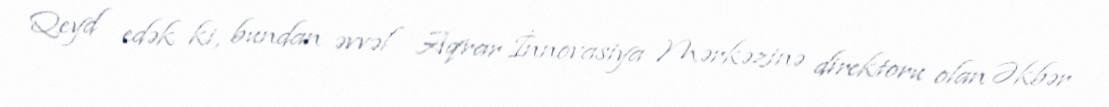
Qeyd edək ki, bundan əvvəl Aqrar İnnovasiya Mərkəzinə direktoru olan Əkbər